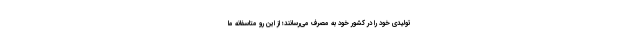
تولیدی خود را در کشور خود به مصرف می‌رسانند؛ از این رو متاسفانه ما